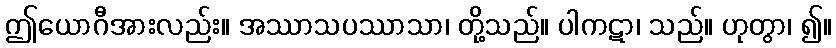
ဤယောဂီအားလည်း။ အဿာသပဿာသာ၊ တို့သည်။ ပါကဋာ၊ သည်။ ဟုတွာ၊ ၍။